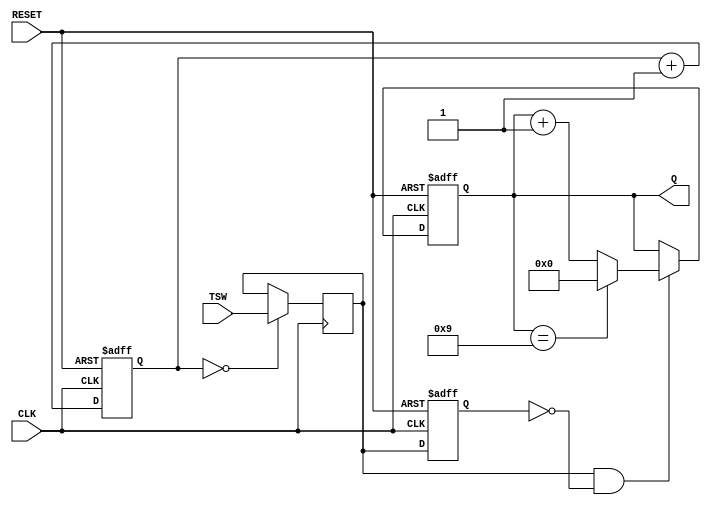
module SW_Counter(CLK, RESET, TSW, Q);

	input CLK, RESET, TSW;
	output [3:0]Q;
	
	reg [3:0]Q = 0;
	reg [18:0]tmp_count = 0;
	reg out, buffer;
	
	always @(posedge CLK or negedge RESET)
	begin
		if (!RESET) tmp_count <= 0;
		else tmp_count <= tmp_count + 1;
	end
	
	
	always @(posedge CLK)
		if (tmp_count == 0) out <= TSW;
	
	
	always @(posedge CLK or negedge RESET)
	begin
		if (!RESET) buffer <= 0;
		else buffer <= out;
	end
	
	
	assign inc = out & ~buffer;
	
	always @(posedge CLK or negedge RESET)
	begin
		if (!RESET) Q <= 0;
		else if (inc == 1) begin
			if (Q == 9) Q = 0;
			else Q <= Q + 1;
		end
	end

endmodule